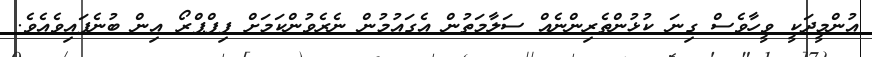
އުންމީދަކީ ވީހާވެސް ގިނަ ކުޅުންތެރިންނެއް ސަލާމަތުން އެގައުމުން ނެރެވުންކަމަށް ފިފްޕްރޯ އިން ބުނެފައިވެއެވެ.